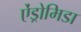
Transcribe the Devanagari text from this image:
ऐंड्रोमिडा